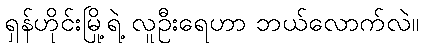
ရှန်ဟိုင်းမြို့ရဲ့ လူဦးရေဟာ ဘယ်လောက်လဲ။